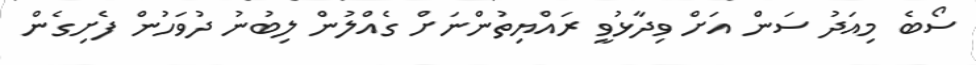
ސޯބެ މިއަދު ސަން އަށް ވިދާޅުވީ ރައްޔިތުންނަށް ގެއްލުން ލިބުނު ދުވަހުން ފެށިގެން